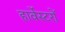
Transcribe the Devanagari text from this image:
हार्वेस्टरों